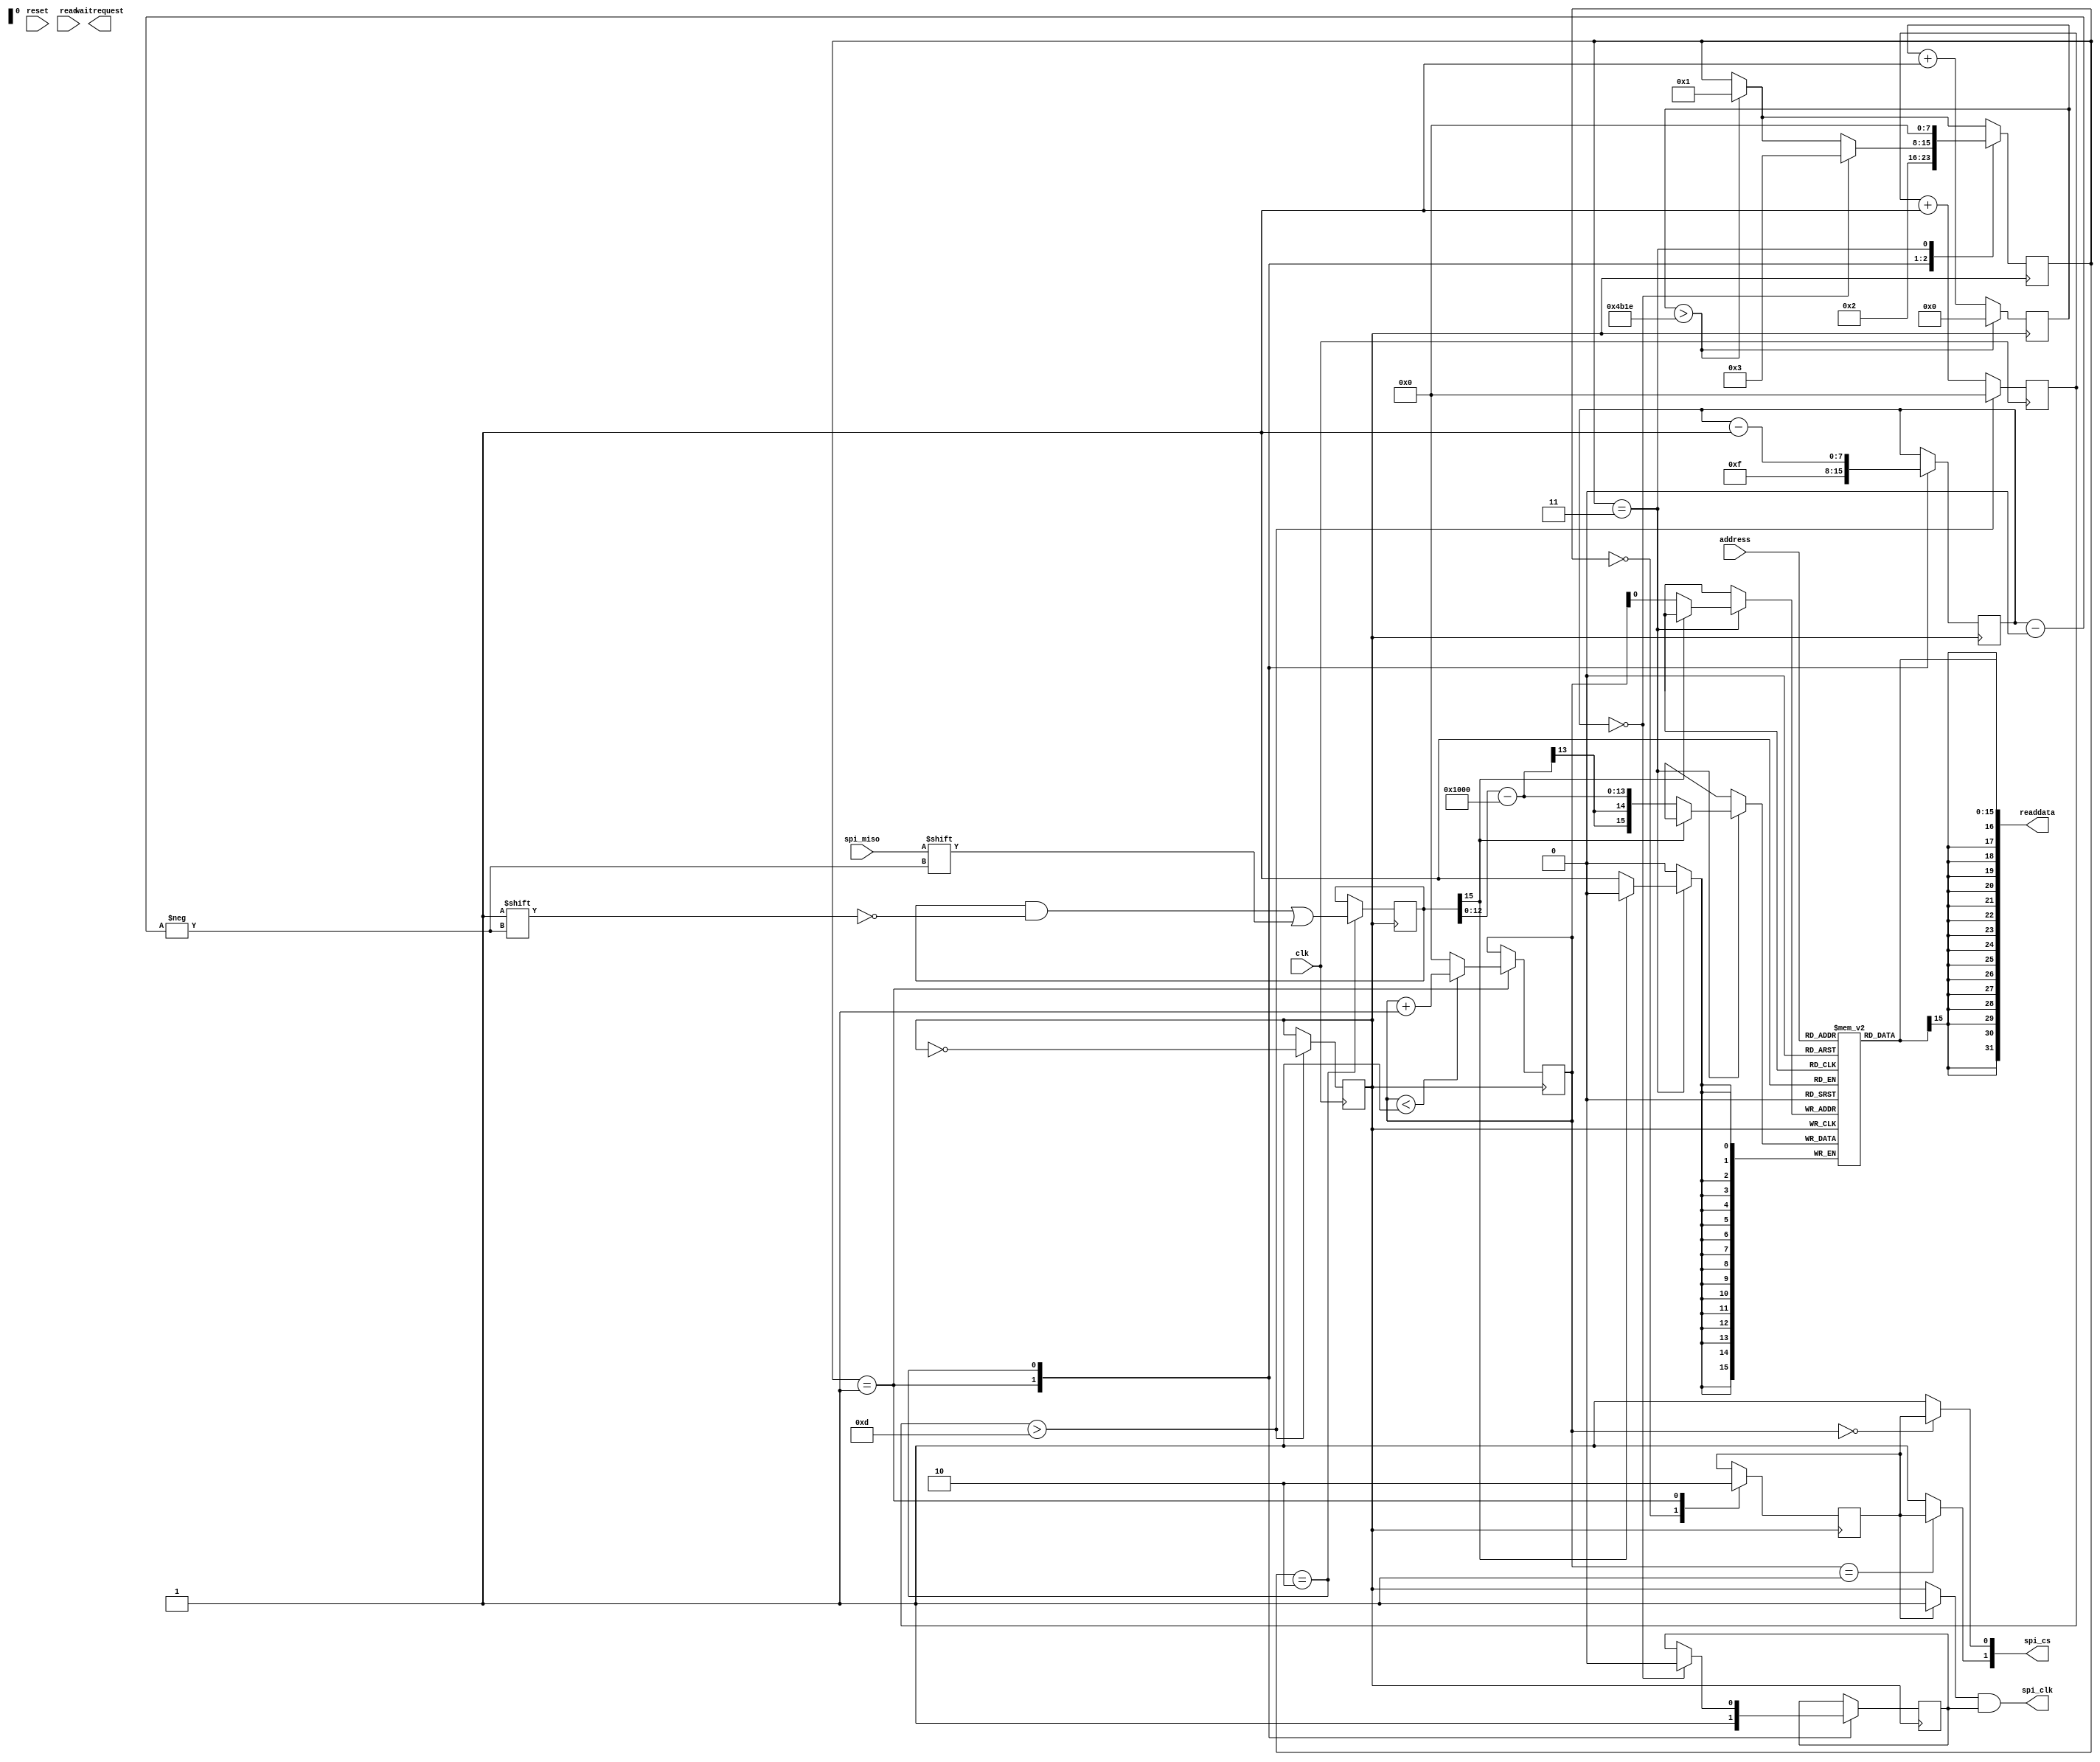
module TLI4970(
		input clk,
		input reset,
		input read,
		input address,
		output signed [31:0] readdata,
		output waitrequest,
		input spi_miso,
		output [NUMBER_OF_SENSORS-1:0] spi_cs,
		output spi_clk
  );
  
	assign readdata = current[address];

	parameter NUMBER_OF_SENSORS = 2;
	parameter CLOCK_FREQ = 50_000_000;
	parameter CLOCK_DIVIDER = 13;
	parameter UPDATE_FREQ = 100;

	reg clk_slow;
	reg [7:0] counter;
	always @ ( posedge clk ) begin: CLK_GENERATOR
	 counter <= counter + 1;
	 if(counter>CLOCK_DIVIDER)begin
		clk_slow <= !clk_slow;
		counter <= 0;
	 end
	end

	reg clk_out;
	reg slave_select;
	assign spi_clk = (slave_select?1:clk_slow)&clk_out;
	
	genvar j;
	generate 
		for(j=0; j<NUMBER_OF_SENSORS; j = j+1) begin : connect_slave_selects
			assign spi_cs[j] = (current_sensor==j?slave_select:1);
		end
	endgenerate 

	reg [7:0] bit_counter;
	reg [15:0] data;
	reg [15:0] delay_counter;
	reg [7:0] state;
	reg [7:0] current_sensor;
	reg signed [15:0] current[NUMBER_OF_SENSORS-1:0];
	wire signed [12:0] current_raw;
   assign current_raw = data[12:0];

	localparam  IDLE = 0, SLAVE_SELECT = 1, CLOCK_DATA = 2, STOP = 3;

	always @(negedge clk_slow) begin: TLI4970_READOUT_LOGIC
	 if(delay_counter>(CLOCK_FREQ/CLOCK_DIVIDER/UPDATE_FREQ/NUMBER_OF_SENSORS))begin
		state <= SLAVE_SELECT;
		delay_counter <= 0;
	 end else begin
		delay_counter <= delay_counter+1;
	 end

	 case(state)
		IDLE: begin
		  slave_select <= 1;
		end
		SLAVE_SELECT: begin
		  if(current_sensor<(NUMBER_OF_SENSORS-1))begin
			current_sensor <= current_sensor+1;
		  end else begin
			current_sensor <= 0;
		  end
		  slave_select <= 0;
		  clk_out <= 1;
		  state <= CLOCK_DATA;
		  bit_counter <= 15;
		end
		CLOCK_DATA: begin
		  data[bit_counter] <= spi_miso;
		  bit_counter <= bit_counter - 1;
		  if(bit_counter==0)begin
			 state <= STOP;
			 clk_out <= 0;
		  end
		end
		STOP: begin
		  if(data[15]==0)begin
			 current[current_sensor] <= current_raw-16'd4096;
		  end
		  state <= IDLE;
		end
	 endcase
	end

  endmodule